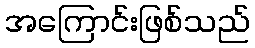
အကြောင်းဖြစ်သည်